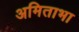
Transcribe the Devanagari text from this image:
अमिताभा